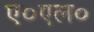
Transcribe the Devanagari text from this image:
ए०एल०